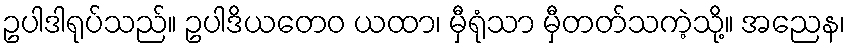
ဥပါဒါရုပ်သည်။ ဥပါဒိယတေဝ ယထာ၊ မှီရုံသာ မှီတတ်သကဲ့သို့။ အညေန၊